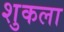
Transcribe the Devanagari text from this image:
शुकला